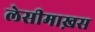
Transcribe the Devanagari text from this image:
लेसीमाख़स